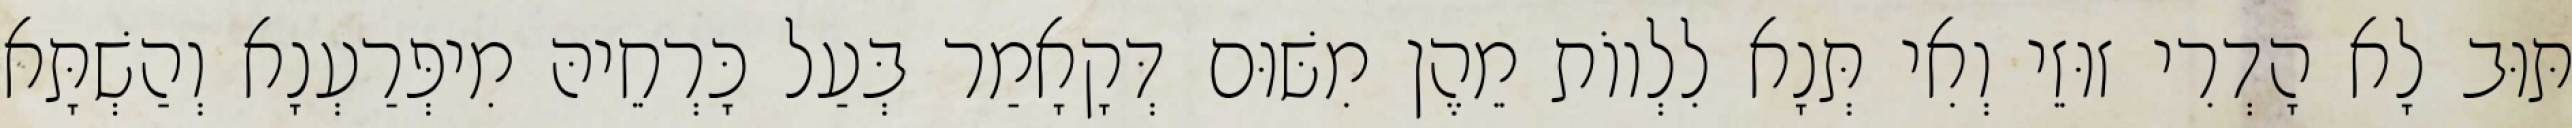
תּוּב לָא הָדְרִי זוּזֵי וְאִי תְּנָא לִלְווֹת מֵהֶן מִשּׁוּם דְּקָאָמַר בְּעַל כָּרְחֵיהּ מִיפְּרַעְנָא וְהַשְׁתָּא